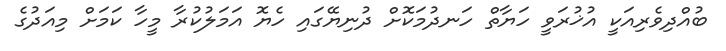
ބުއްދިވެރިއަކީ އުޚުރަވީ ހަޔާތް ހަނދުމަކޮށް ދުނިޔޭގައި ހެޔޮ އަމަލުކުރާ މީހާ ކަމަށް މިއަދުގެ